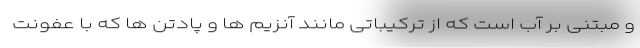
و مبتنی بر آب است که از ترکیباتی مانند آنزیم ها و پادتن ها که با عفونت